画像に写った文字を読んでください
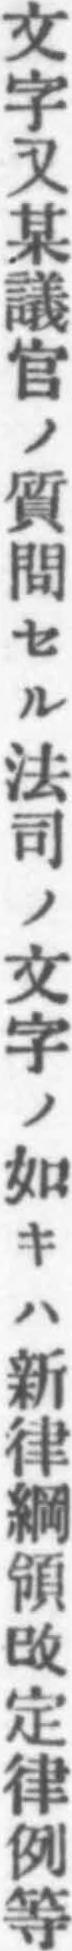
「文字又某議官ノ質問セル法司ノ文字ノ如キハ新律綱領改定律例等」と書いてあります